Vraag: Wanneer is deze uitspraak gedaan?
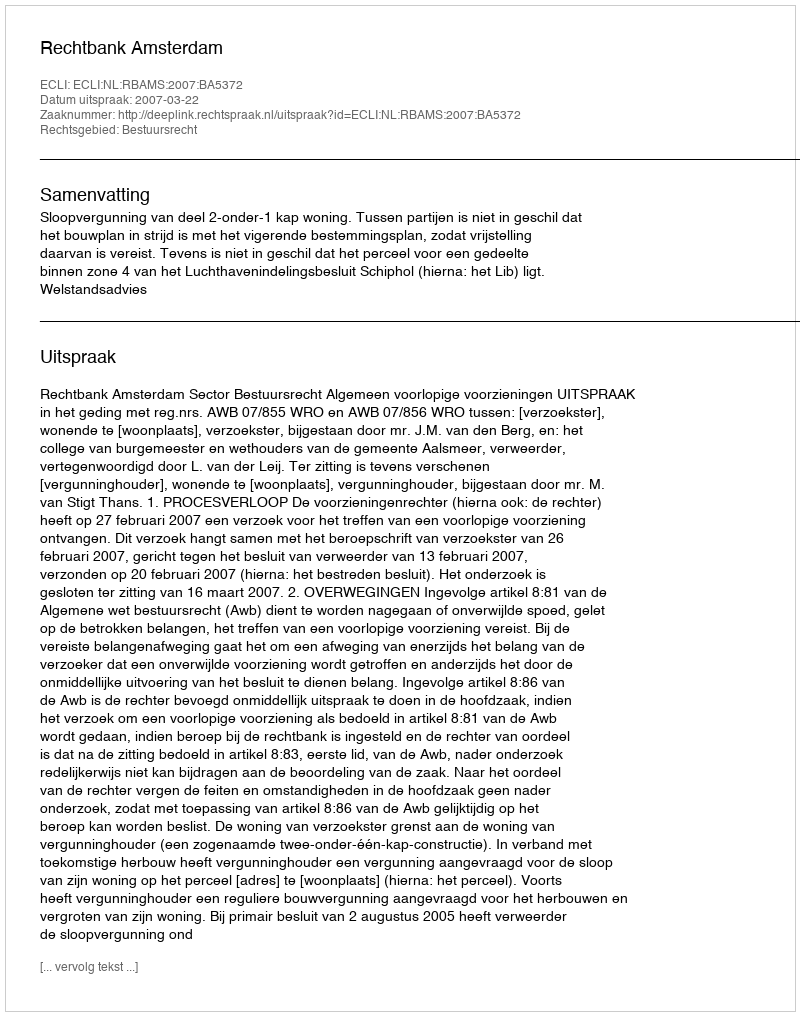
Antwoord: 2007-03-22